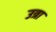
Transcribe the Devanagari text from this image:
उत्रा